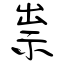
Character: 祟